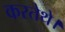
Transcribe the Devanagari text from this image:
करतेथे।